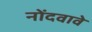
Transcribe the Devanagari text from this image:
नोंदवावे